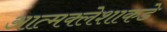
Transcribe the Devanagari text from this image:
आत्मक्लेशाकडे